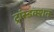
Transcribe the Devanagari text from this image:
ट्रांस्डक्शन